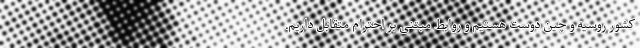
کشور روسیه و چین دوست هستیم و روابط مبتنی بر احترام متقابل داریم.